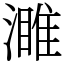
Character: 濉